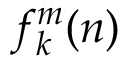
f _ { k } ^ { m } ( n )